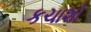
કચાશો